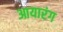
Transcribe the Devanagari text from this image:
आयारंग